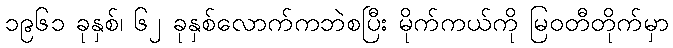
၁၉၆၁ ခုနှစ်၊ ၆၂ ခုနှစ်လောက်ကဘဲစပြီး မိုက်ကယ်ကို မြဝတီတိုက်မှာ